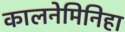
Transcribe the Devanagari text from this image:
कालनेमिनिहा